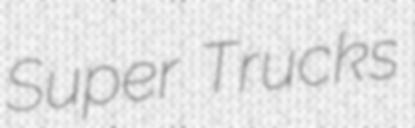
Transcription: Super Trucks